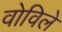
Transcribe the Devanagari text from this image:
वोविले